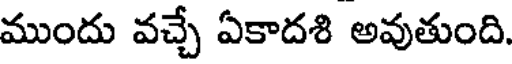
ముందు వచ్చే ఏకాదశి అవుతుంది.